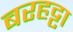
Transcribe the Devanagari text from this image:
बरहट्टा